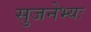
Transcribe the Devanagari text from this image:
सुजनेभ्यः